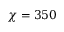
\chi = 3 5 0